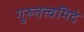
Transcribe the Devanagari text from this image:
गुरुतत्त्वमिदं